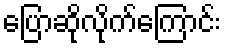
ပြောဆိုလိုက်ကြောင်း